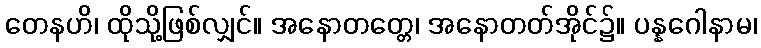
တေနဟိ၊ ထိုသို့ဖြစ်လျှင်။ အနောတတ္တေ၊ အနောတတ်အိုင်၌။ ပန္နဂေါနာမ၊